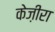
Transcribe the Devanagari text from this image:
केज़ीरा